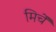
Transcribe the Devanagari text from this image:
मिर्चें